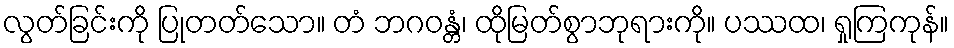
လွတ်ခြင်းကို ပြုတတ်သော။ တံ ဘဂဝန္တံ၊ ထိုမြတ်စွာဘုရားကို။ ပဿထ၊ ရှုကြကုန်။